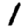
Digit: 1